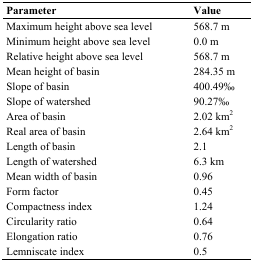
<table><thead><tr><td><b>Parameter</b></td><td><b>Value</b></td></tr></thead><tbody><tr><td>Maximum height above sea level</td><td>568.7 m</td></tr><tr><td>Minimum height above sea level</td><td>0.0 m</td></tr><tr><td>Relative height above sea level</td><td>568.7 m</td></tr><tr><td>Mean height of basin</td><td>284.35 m</td></tr><tr><td>Slope of basin</td><td>400.49‰</td></tr><tr><td>Slope of watershed</td><td>90.27‰</td></tr><tr><td>Area of basin</td><td>2.02 km<sup>2</sup></td></tr><tr><td>Real area of basin</td><td>2.64 km<sup>2</sup></td></tr><tr><td>Length of basin</td><td>2.1</td></tr><tr><td>Length of watershed</td><td>6.3 km</td></tr><tr><td>Mean width of basin</td><td>0.96</td></tr><tr><td>Form factor</td><td>0.45</td></tr><tr><td>Compactness index</td><td>1.24</td></tr><tr><td>Circularity ratio</td><td>0.64</td></tr><tr><td>Elongation ratio</td><td>0.76</td></tr><tr><td>Lemniscate index</td><td>0.5</td></tr></tbody></table>